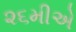
૨૬મીએ